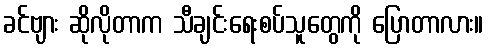
ခင်ဗျား ဆိုလိုတာက သီချင်းရေးစပ်သူတွေကို ပြောတာလား။